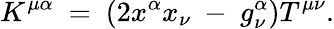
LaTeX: K^{\mu\alpha}~=~(2{x^{\alpha}}{x_{\nu}}~-~g_{\nu}^{\alpha})T^{\mu\nu}.